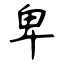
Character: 卑